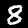
Label: 8